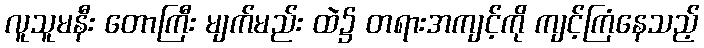
လူသူမနီး တောကြီး မျက်မည်း ထဲ၌ တရားအကျင့်ကို ကျင့်ကြံနေသည့်